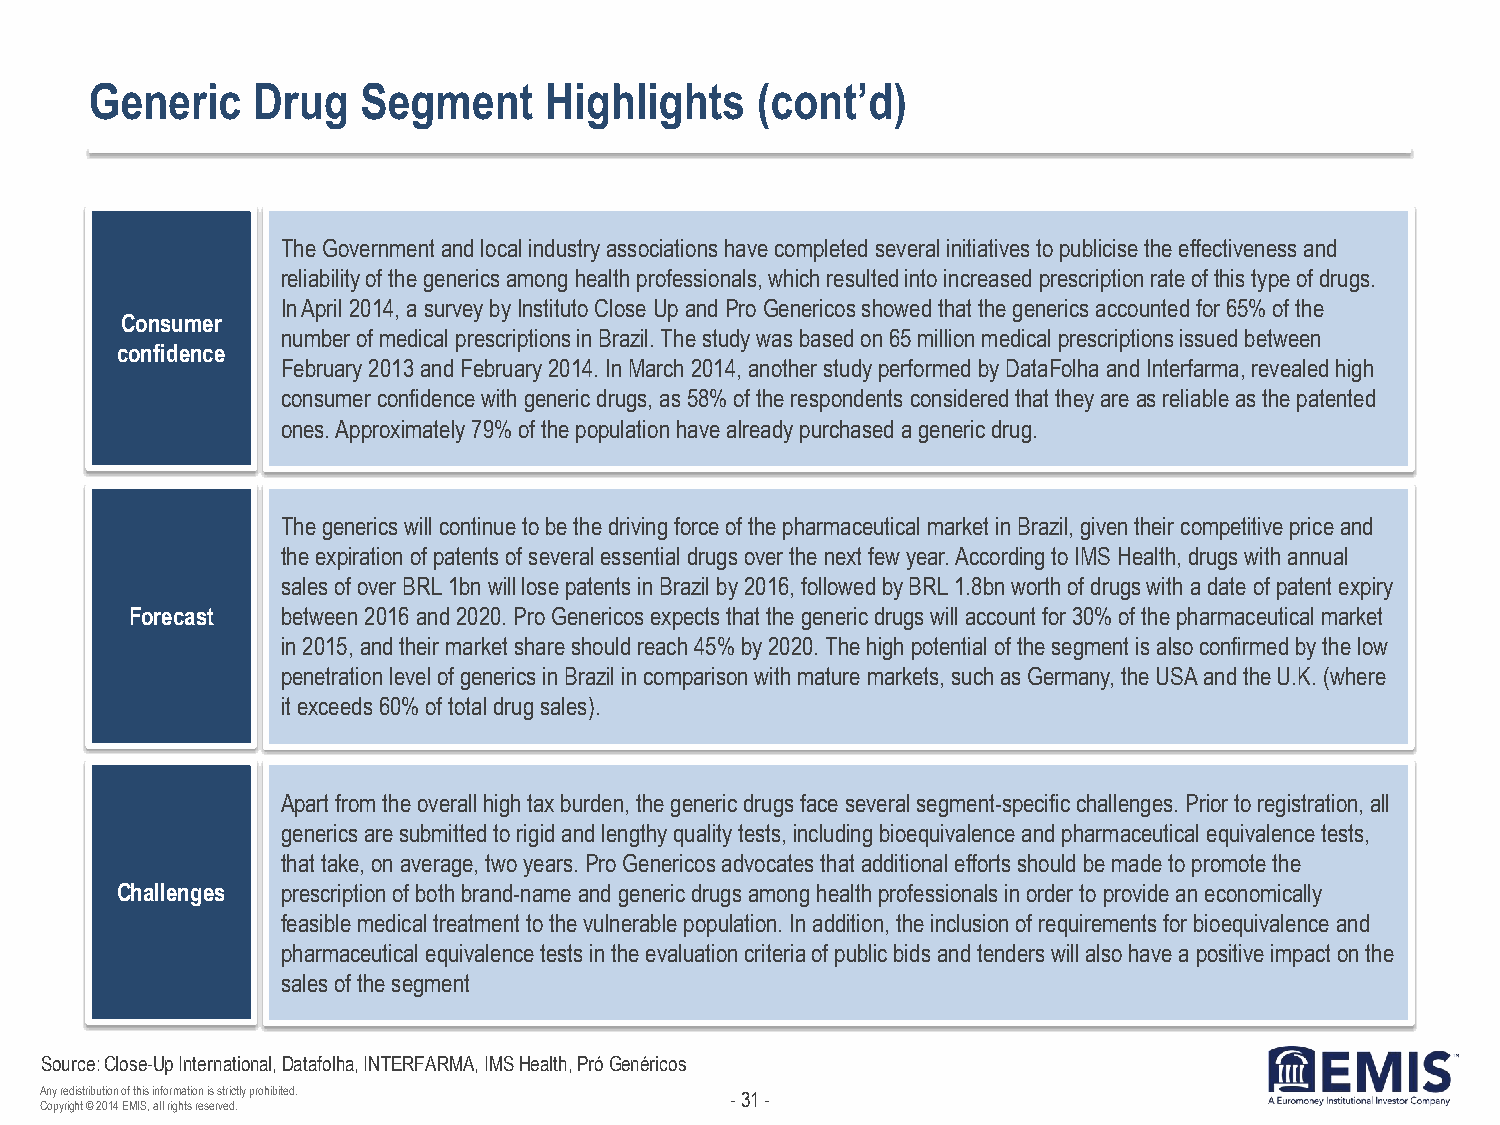
Generic    Drug   Segment     Highlights    (cont’d)
 The Government and local industry associations have completed several initiatives to publicise the effectiveness and
 reliability of the generics among health professionals, which resulted into increased prescription rate of this type of drugs.
 In April 2014, a survey by Instituto Close Up and Pro Genericos showed that the generics accounted for 65% of the
 Consumer
 number of medical prescriptions in Brazil. The study was based on 65 million medical prescriptions issued between
 confidence
 February 2013 and February 2014. In March 2014, another study performed by DataFolha and Interfarma, revealed high
 consumer confidence with generic drugs, as 58% of the respondents considered that they are as reliable as the patented
 ones. Approximately 79% of the population have already purchased a generic drug.
 The generics will continue to be the driving force of the pharmaceutical market in Brazil, given their competitive price and
 the expiration of patents of several essential drugs over the next few year. According to IMS Health, drugs with annual
 sales of over BRL 1bn will lose patents in Brazil by 2016, followed by BRL 1.8bn worth of drugs with a date of patent expiry
 Forecast  between 2016 and 2020. Pro Genericos expects that the generic drugs will account for 30% of the pharmaceutical market
 in 2015, and their market share should reach 45% by 2020. The high potential of the segment is also confirmed by the low
 penetration level of generics in Brazil in comparison with mature markets, such as Germany, the USA and the U.K. (where
 it exceeds 60% of total drug sales).
 Apart from the overall high tax burden, the generic drugs face several segment-specific challenges. Prior to registration, all
 generics are submitted to rigid and lengthy quality tests, including bioequivalence and pharmaceutical equivalence tests,
 that take, on average, two years. Pro Genericos advocates that additional efforts should be made to promote the
 Challenges prescription of both brand-name and generic drugs among health professionals in order to provide an economically
 feasible medical treatment to the vulnerable population. In addition, the inclusion of requirements for bioequivalence and
 pharmaceutical equivalence tests in the evaluation criteria of public bids and tenders will also have a positive impact on the
 sales of the segment
 Source: Close-Up International, Datafolha, INTERFARMA, IMS Health, Pró Genéricos
 Any redistribution of this information is strictly prohibited. - 31 -
 Copyright © 2014 EMIS, all rights reserved.